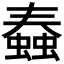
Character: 𧐧